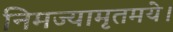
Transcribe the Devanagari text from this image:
निमज्यामृतमये।